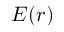
E ( r )